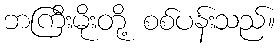
ဘကြီးမိုးတို့ စစ်ပန်းသည်။